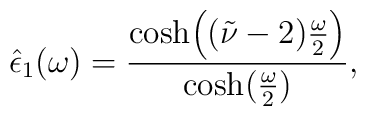
\hat \epsilon_{1}(\omega) = {\cosh\Bigl((\tilde \nu -2){\omega\over 2}\Bigr) \over \cosh({\omega \over 2})}\\,